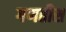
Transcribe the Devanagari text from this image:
गणतीस